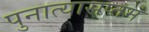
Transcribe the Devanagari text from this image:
पुनात्यासप्तमं